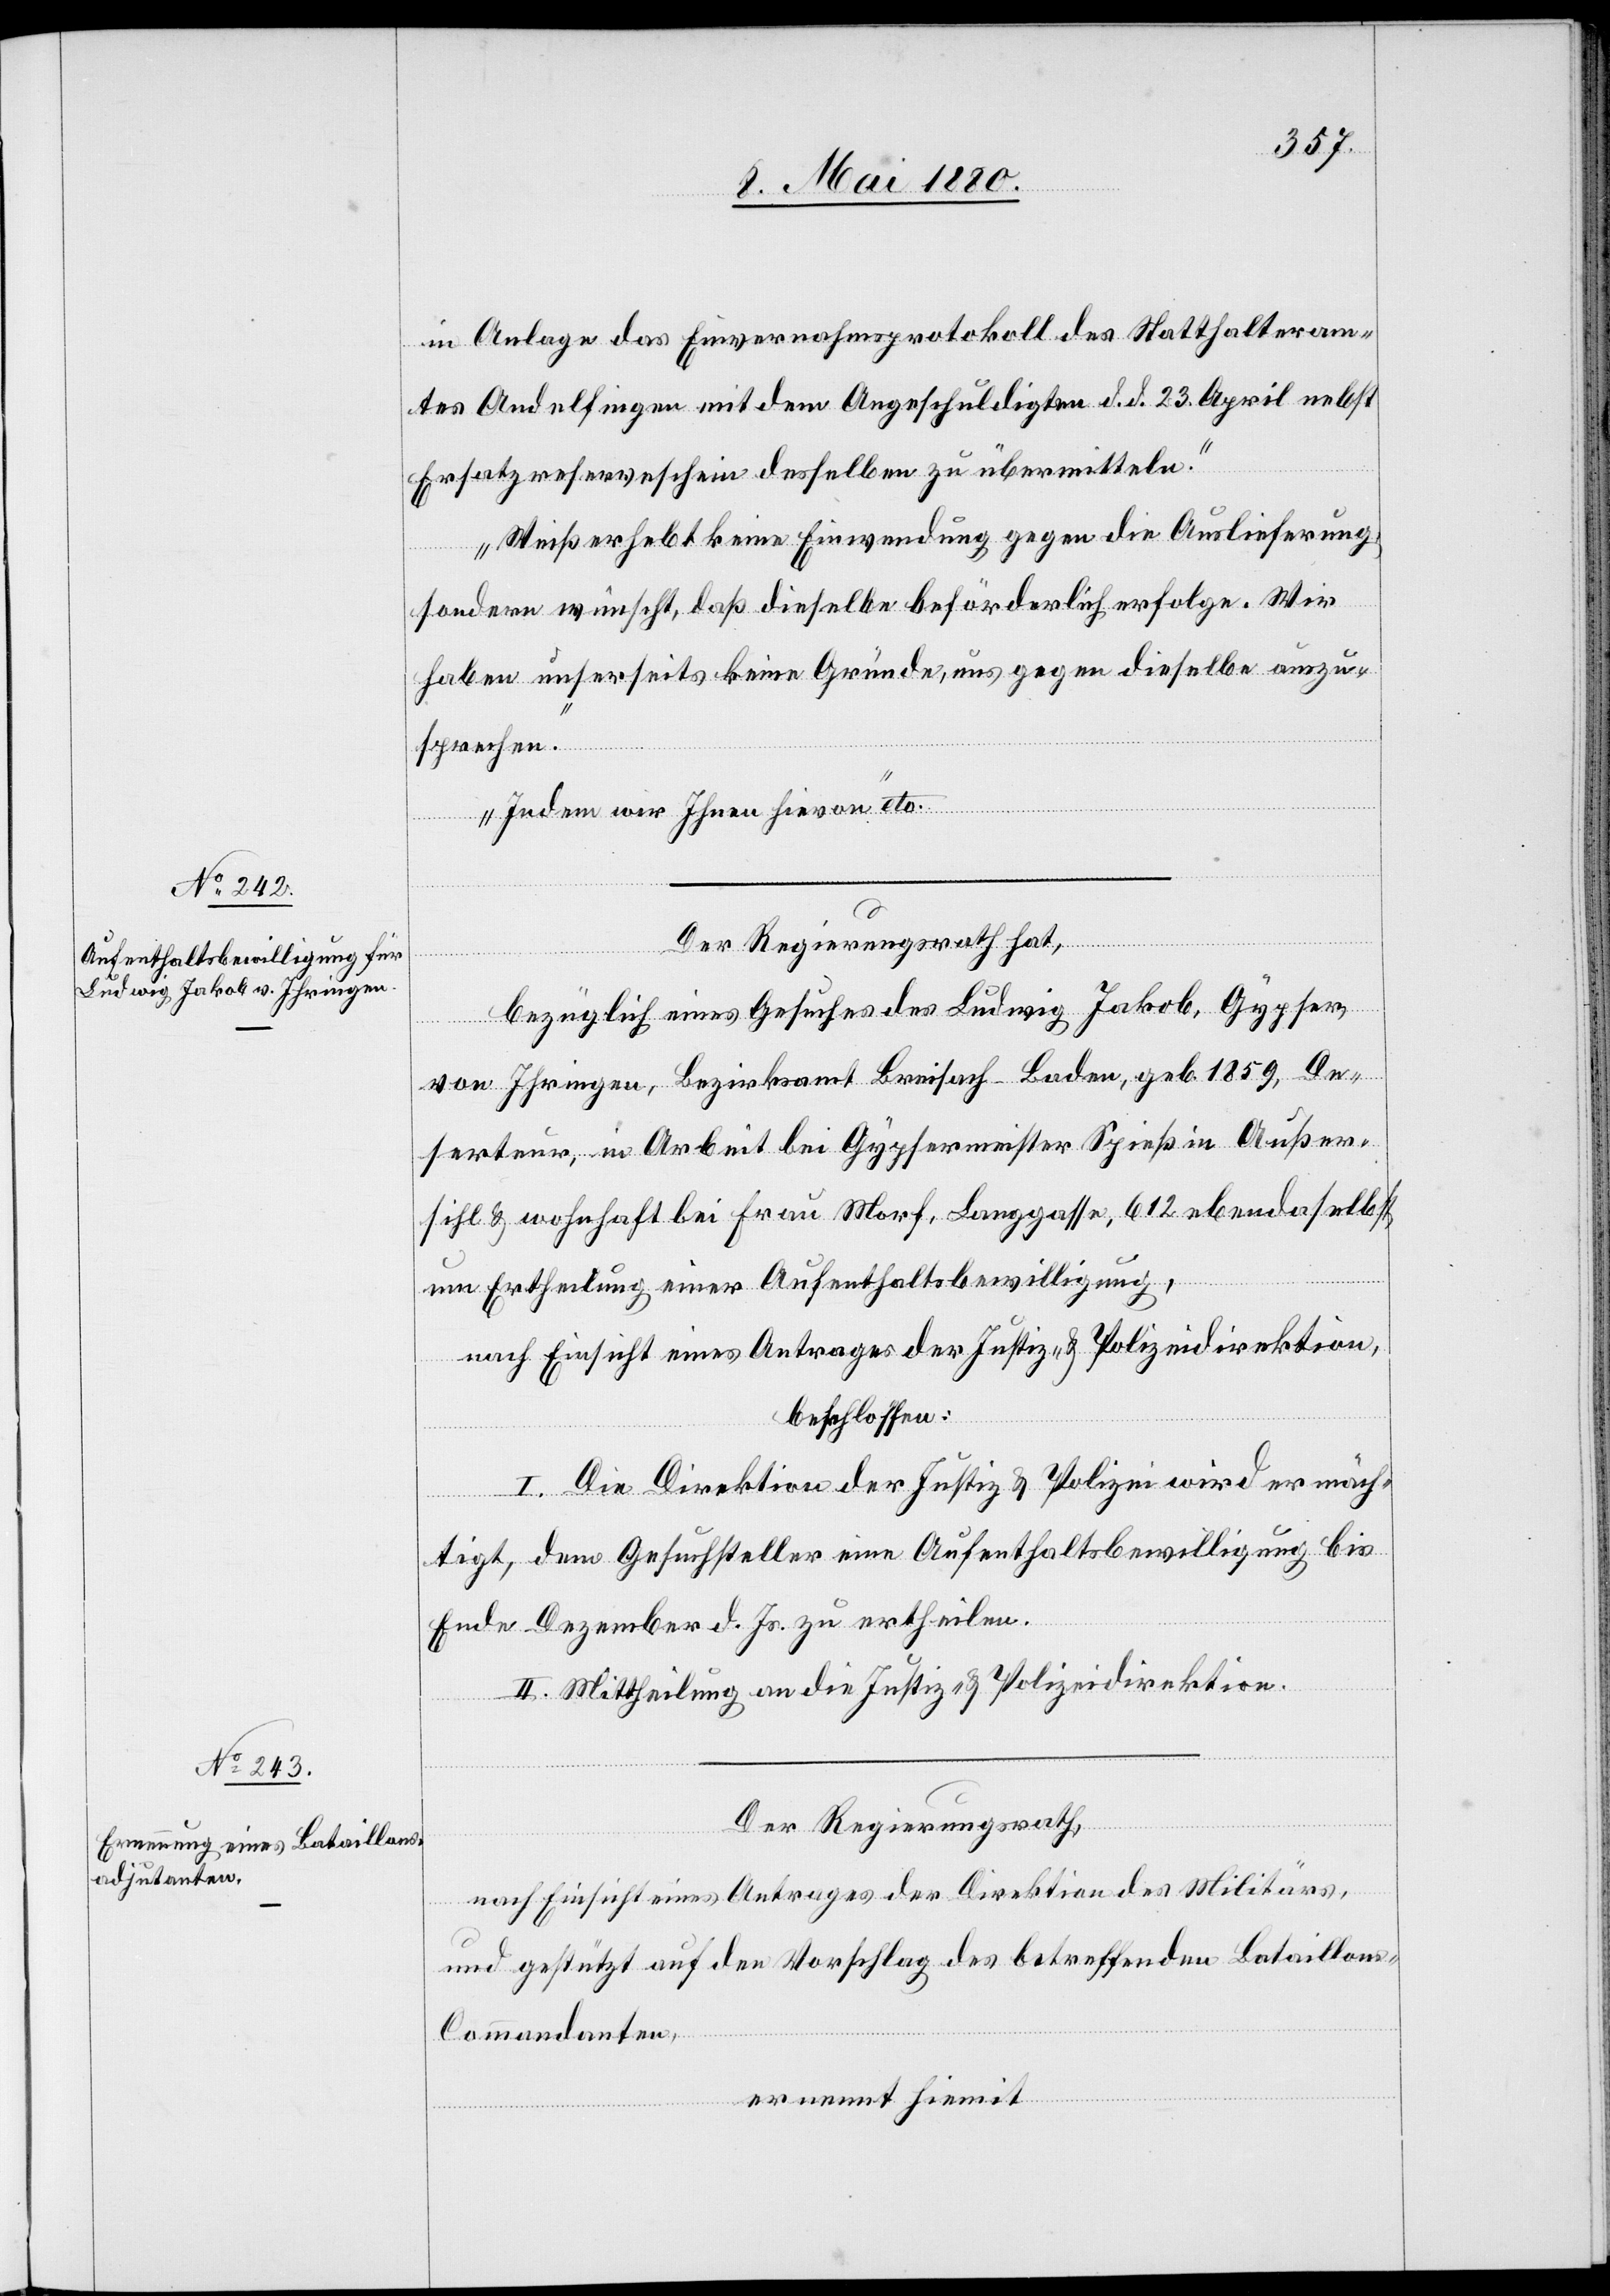
in Anlage das Einvernahmsprotokoll des Statthalteram¬
tes Andelfingen mit dem Angeschuldigten d. d. 23. April nebst
Ersatzreserveschein desselben zu übermitteln.
Weiß erhebt keine Einwendung gegen die Auslieferung,
sondern wünscht, daß dieselbe beförderlich erfolgt. Wir
haben unserseits keine Gründe, uns gegen dieselbe auszu¬
sprechen.
Indem wir Ihnen hievon“ etc.
Der Regierungsrath hat,
bezüglich eines Gesuches des Ludwig Jakob, Gypser,
von Ihringen, Bezirksamt Breisach - Baden, geb. 1859, De¬
serteur, in Arbeit bei Gypsermeister Spieß in Außer¬
sihl & wohnhaft bei Frau Morf, Langgasse, 612 ebendaselbst
um Ertheilung einer Aufenthaltsbewilligung,
nach Einsicht eines Antrages der Justiz- & Polizeidirektion,
beschlossen:
I. Die Direktion der Justiz & Polizei wird ermäch¬
tigt, dem Gesuchsteller eine Aufenthaltsbewilligung bis
Ende Dezember d. Js. zu ertheilen.
II. Mittheilung an die Justiz- & Polizeidirektion.
Der Regierungsrath,
nach Einsicht eines Antrages der Direktion des Militärs,
und gestützt auf den Vorschlag des betreffenden Bataillon¬
s-Commandanten,
ernennt hiemit